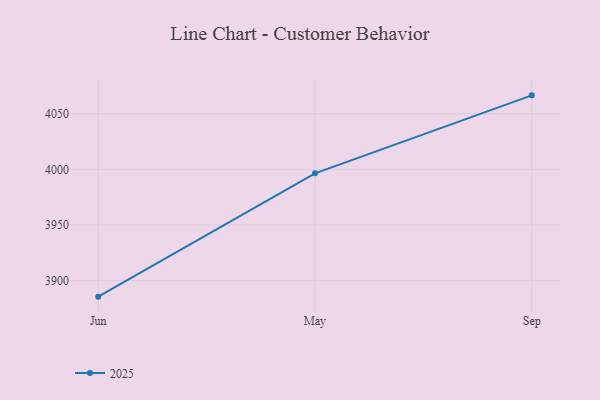
{"axis": {"x": "Month", "y": "Waste Production (Tons)"}, "legend": ["2025"], "data": [{"x": "Jun", "y": 3885.7, "type": "2025"}, {"x": "May", "y": 3996.5, "type": "2025"}, {"x": "Sep", "y": 4066.5, "type": "2025"}]}